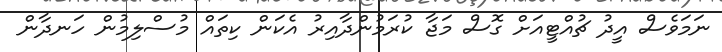
ނަމަވެސް އީދު ޗުއްޓީއަށް ގޮސް މަޖާ ކުރަމުންދާއިރު އެކަން ކިތައް މުސްލިމުން ހަނދާން